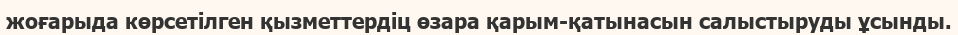
жоғарыда көрсетілген қызметтердіц өзара қарым-қатынасын салыстыруды ұсынды.